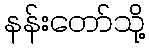
နန်းတော်သို့